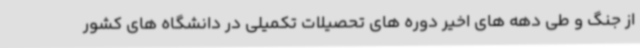
از جنگ و طی دهه های اخیر دوره های تحصیلات تکمیلی در دانشگاه های کشور